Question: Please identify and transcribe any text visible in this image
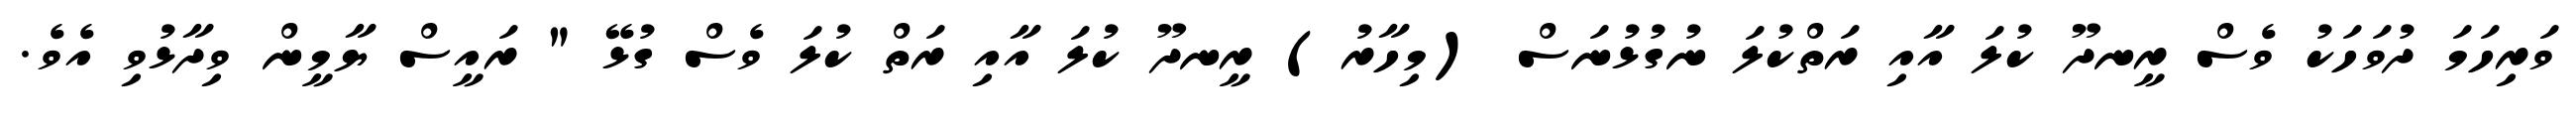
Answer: ވަރިހަމަ ދުވަހަކު ވެސް ރީނދޫ ކުލަ އާއި ރަތްކުލަ ނުގުޅުނަސް (މިހާރު) ރީނދޫ ކުލަ އާއި ރަތް ކުލަ ވެސް ގުޅޭ " ރައީސް ޔާމީން ވިދާޅުވި އެވެ.